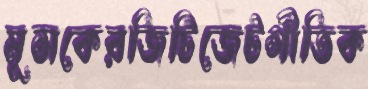
মূসকেরজিটিজেটগীতিক